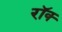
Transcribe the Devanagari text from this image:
रॉक्‍